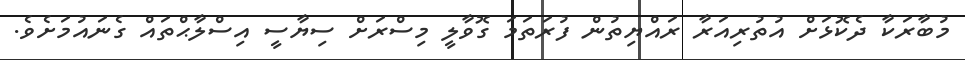
މުބާރަކާ ދެކޮޅަށް އުތުރިއަރާ ރައްޔިތުން ފުރަތަމަ ގޮވާލީ މިސްރަށް ސިޔާސީ އިސްލާޙްތައް ގެނައުމަށެވެ.